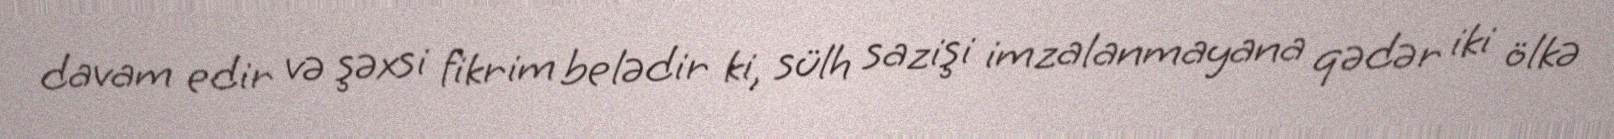
davam edir və şəxsi fikrim belədir ki, sülh sazişi imzalanmayana qədər iki ölkə